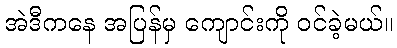
အဲဒီကနေ အပြန်မှ ကျောင်းကို ဝင်ခဲ့မယ်။